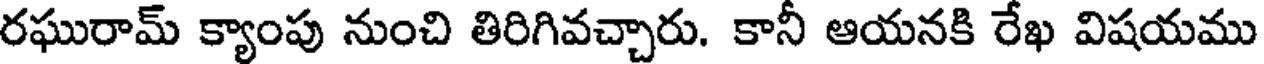
రఘురామ్ క్యాంపు నుంచి తిరిగివచ్చారు. కానీ ఆయనకి రేఖ విషయము